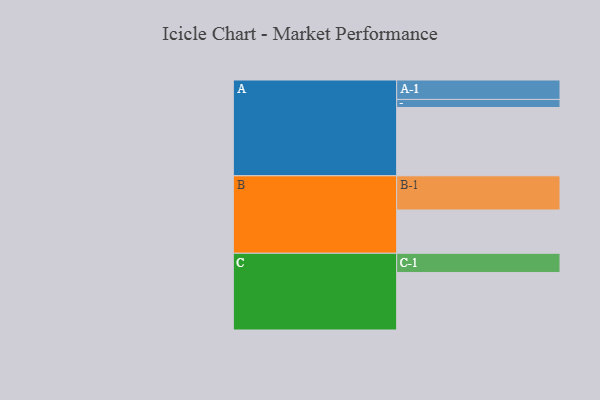
{"axis": {"x": "Segment", "y": "Value"}, "legend": ["", "A", "B", "C"], "data": [{"x": "A", "y": 541, "type": ""}, {"x": "B", "y": 343, "type": ""}, {"x": "C", "y": 456, "type": ""}, {"x": "A-1", "y": 154, "type": "A"}, {"x": "A-2", "y": 64, "type": "A"}, {"x": "B-1", "y": 271, "type": "B"}, {"x": "C-1", "y": 152, "type": "C"}]}